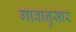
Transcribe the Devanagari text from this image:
गावानुसार